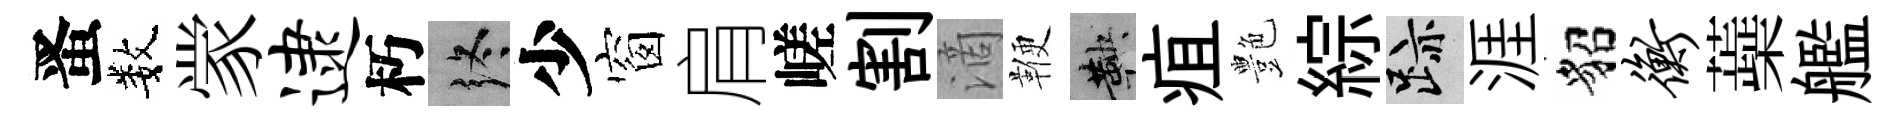
󱉠数䝉逮朽终少窗肩嵯割滴鞭鞅疽艶綜迹涯貂衡蘃艦